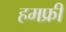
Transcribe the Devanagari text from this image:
हमफ्री